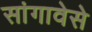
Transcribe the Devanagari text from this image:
सांगावेसे